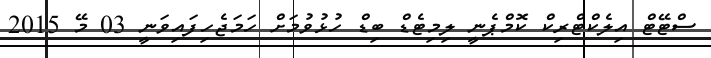
ސްޓޭޓް އިލެކްޓްރިކް ކޮމްޕެނީ ލިމިޓެޑް ބިޑް ހުޅުވުމަށް ހަމަޖެހިފައިވަނީ 03 މޭ 2015